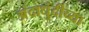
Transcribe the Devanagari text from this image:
अंदाधुंदीच्या